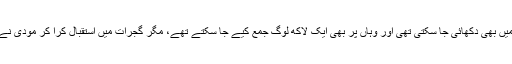
ایک بات بہت اہم ہے کہ امریکی صدر کو پورے انڈیا کی ثقافت دلی میں بھی دکھائی جا سکتی تھی اور وہاں پر بھی ایک لاکھ لوگ جمع کیے جا سکتے تھے، مگر گجرات میں استقبال کرا کر مودی نے گجرات کا قصائی ہونے کے تاثر کو ختم کرنے کی کوشش کی ہے۔